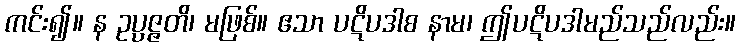
ကင်း၍။ န ဥပ္ပဇ္ဇတိ၊ မဖြစ်။ ဧသာ ပဋိပဒါစ နာမ၊ ဤပဋိပဒါမည်သည်လည်း။